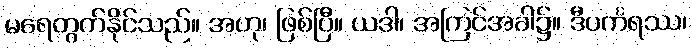
မရေတွက်နိုင်သည်။ အဟု၊ ဖြစ်ပြီ။ ယဒါ၊ အကြင်အခါ၌။ ဒီပင်္ကရဿ၊